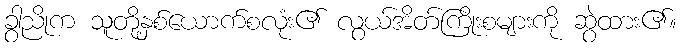
ခွာညိုက သူတို့နှစ်ယောက်စလုံး၏ လွယ်အိတ်ကြိုးစများကို ဆွဲထား၏။